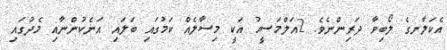
އެކަލާނގެ ލޯބިވާ ދަރިންނެވެ. 2އަލްމަސީޙު އަކީ މިސާލެއް ކަމުގައި ބަލައި އަނެކުންނާއި މެދުގައި